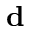
\bf d